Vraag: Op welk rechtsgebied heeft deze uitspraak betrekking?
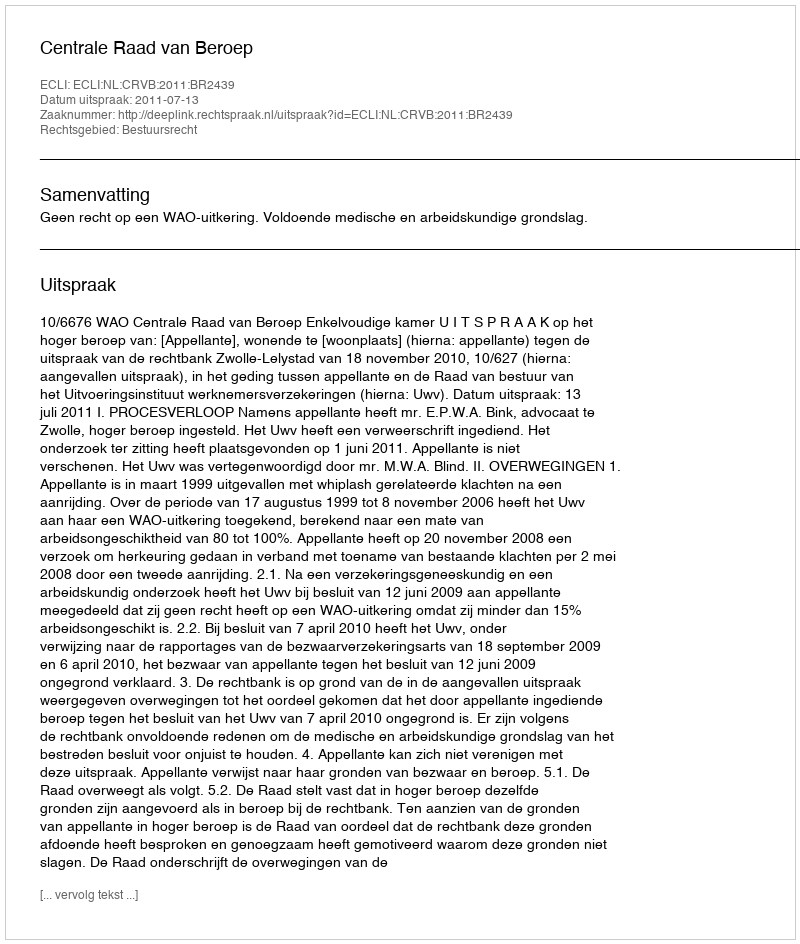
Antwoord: Bestuursrecht